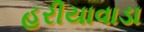
હરીયાવાડા